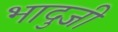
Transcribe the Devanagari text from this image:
भादुजी